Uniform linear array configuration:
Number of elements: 16
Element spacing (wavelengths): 0.25
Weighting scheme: hamming
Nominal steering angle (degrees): -45
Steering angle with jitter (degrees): -45.519
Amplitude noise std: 0.05
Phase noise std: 0.05

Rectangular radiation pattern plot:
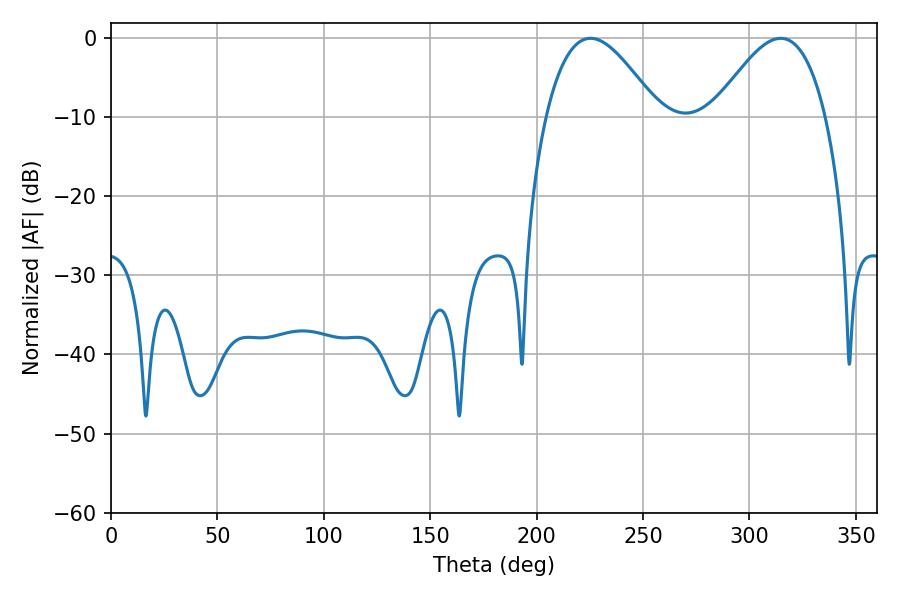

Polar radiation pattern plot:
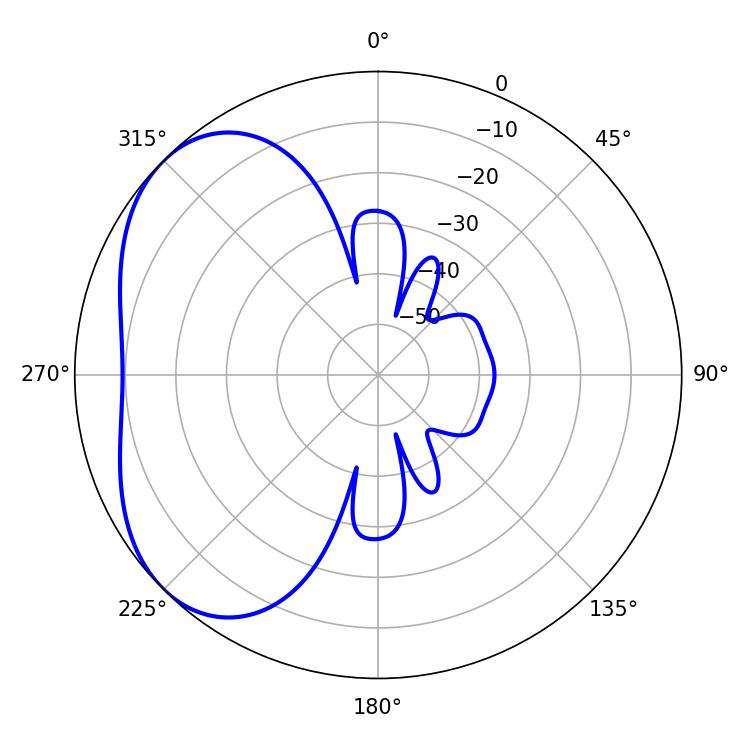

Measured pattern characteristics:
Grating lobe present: FALSE
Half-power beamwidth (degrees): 28.62
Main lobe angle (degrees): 225.36